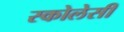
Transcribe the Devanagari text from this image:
स्कोलेसी